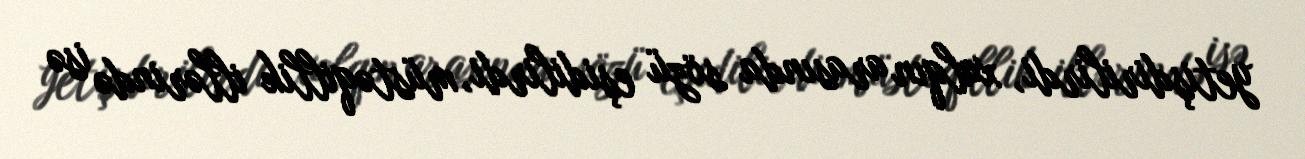
yetişdirilirdi, xalqın arasında sözü eşidilirdi, müstəqillik illərində isə